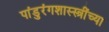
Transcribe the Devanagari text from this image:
पांडुरंगशास्स्त्रींच्या